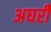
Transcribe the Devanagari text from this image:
अघरी